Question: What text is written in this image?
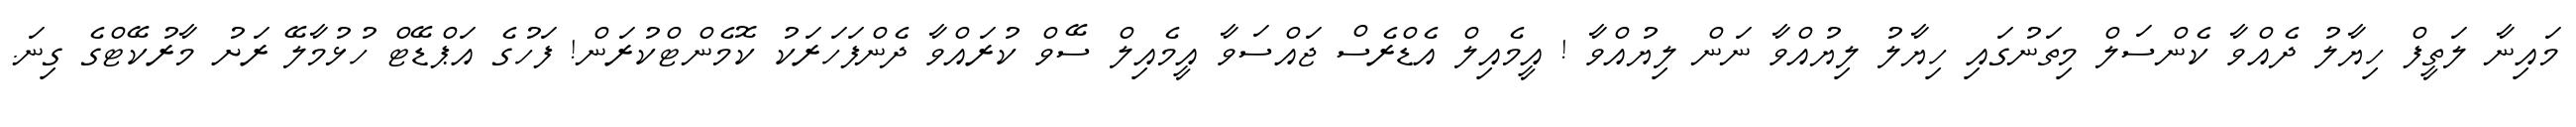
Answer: މައިނާ ލަތީފް ހިޔާލު ދެއްވާ ކެންސަލް މިތަނުގައި ހިޔާލު ލިޔުއްވާ ނަން ލިޔުއްވާ ! އީމެއިލް އެޑްރެސް ޖައްސަވާ އީމެއިލް ސޭވް ކުރައްވާ ދެންފަހަރަކު ކޮމެންޓްކުރަން! ފަހުގެ އަޕްޑޭޓް ހުޅުމާލޭ ރަށު މާރުކޭޓްގެ ގިނަ.